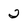
Character: 2